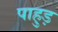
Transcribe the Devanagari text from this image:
पाहुड़